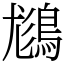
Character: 𪁪